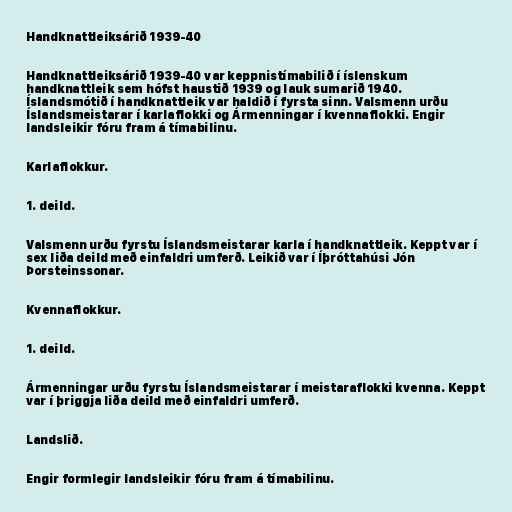
Handknattleiksárið 1939-40

Handknattleiksárið 1939-40 var keppnistímabilið í íslenskum
handknattleik sem hófst haustið 1939 og lauk sumarið 1940.
Íslandsmótið í handknattleik var haldið í fyrsta sinn. Valsmenn urðu
Íslandsmeistarar í karlaflokki og Ármenningar í kvennaflokki. Engir
landsleikir fóru fram á tímabilinu.

Karlaflokkur.

1. deild.

Valsmenn urðu fyrstu Íslandsmeistarar karla í handknattleik. Keppt var í
sex liða deild með einfaldri umferð. Leikið var í Íþróttahúsi Jón
Þorsteinssonar.

Kvennaflokkur.

1. deild.

Ármenningar urðu fyrstu Íslandsmeistarar í meistaraflokki kvenna. Keppt
var í þriggja liða deild með einfaldri umferð.

Landslið.

Engir formlegir landsleikir fóru fram á tímabilinu.